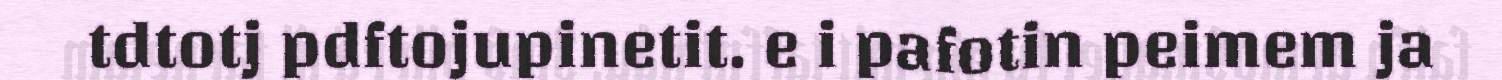
tdtotj pdftojupinetit. e i pafotin peimem ja